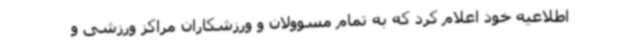
اطلاعیه خود اعلام کرد که به تمام مسوولان و ورزشکاران مراکز ورزشی و